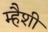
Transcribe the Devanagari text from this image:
म्हैशी